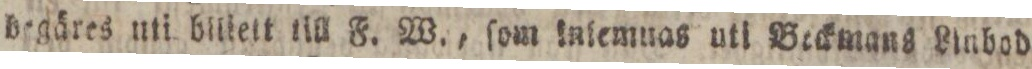
begäres uti blliett till F. W., ſom inlemnas uti Beckmans Linbod